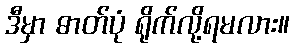
ဒီမှာ ဓာတ်ပုံ ရိုက်လို့ရမလား။